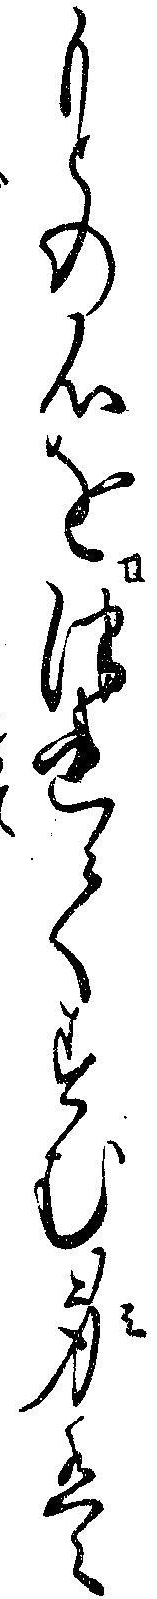
もとの心をつれてすむ身は